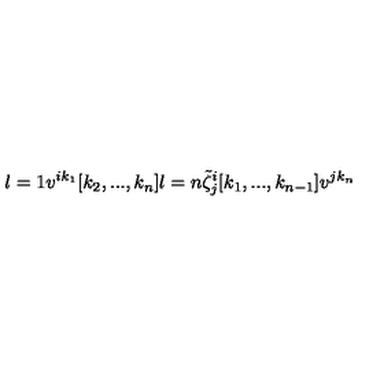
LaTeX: l = 1 v ^ { i k _ { 1 } } [ k _ { 2 } , . . . , k _ { n } ] l = n \tilde { \zeta } _ { j } ^ { i } [ k _ { 1 } , . . . , k _ { n - 1 } ] v ^ { j k _ { n } }